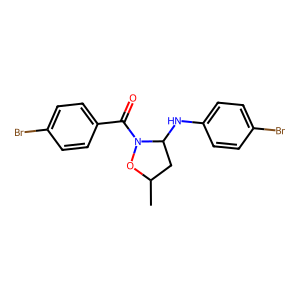
SMILES: CC1CC(Nc2ccc(Br)cc2)N(C(=O)c2ccc(Br)cc2)O1
Inhibits HIV replication: No